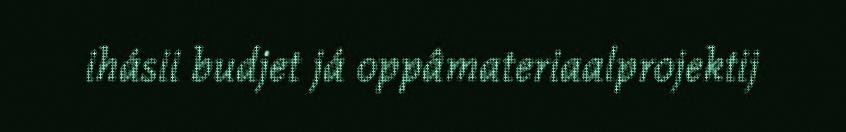
ihásii budjet já oppâmateriaalprojektij